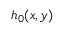
h _ { 0 } ( x , y )